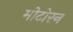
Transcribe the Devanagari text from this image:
मोटोरन